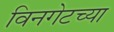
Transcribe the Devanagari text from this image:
विनगेटच्या